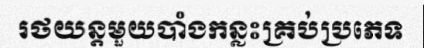
រថយន្តមួយបាំងកន្លះគ្រប់ប្រភេទ